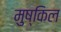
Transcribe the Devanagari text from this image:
मुष्किल